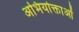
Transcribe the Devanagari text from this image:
अभियोक्ताओं